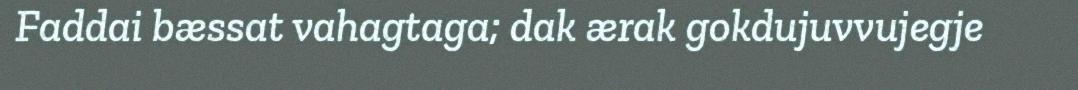
Faddai bæssat vahagtaga; dak ærak gokdujuvvujegje